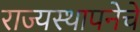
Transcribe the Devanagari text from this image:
राज्यस्थापनेचे